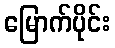
မြောက်ပိုင်း